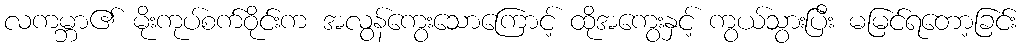
လကမ္ဘာ၏ မိုးကုပ်စက်ဝိုင်းက အလွန်ကွေးသောကြောင့် ထိုအကွေးနှင့် ကွယ်သွားပြီး မမြင်ရတော့ခြင်း